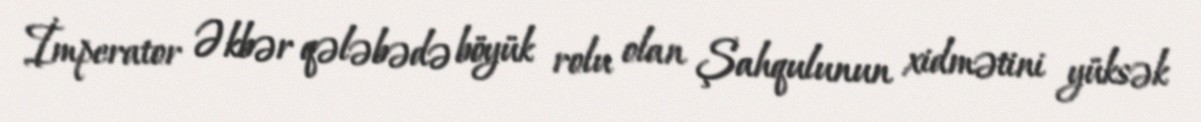
İmperator Əkbər qələbədə böyük rolu olan Şahqulunun xidmətini yüksək